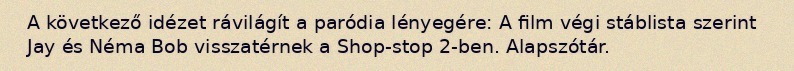
A következő idézet rávilágít a paródia lényegére: A film végi stáblista szerint Jay és Néma Bob visszatérnek a Shop-stop 2-ben. Alapszótár.